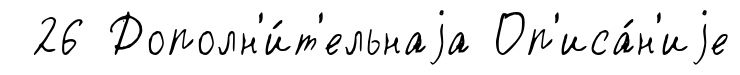
26 Дополн'и́т'ельнаjа Оп'иса́н'иjе